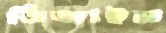
ডিজাইন